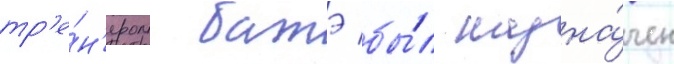
тр'е́н'ером батэ бы́л назна́чен